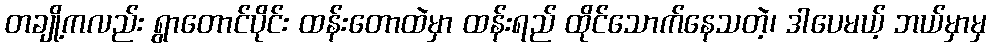
တချို့ကလည်း ရွာတောင်ပိုင်း ထန်းတောထဲမှာ ထန်းရည် ထိုင်သောက်နေသတဲ့၊ ဒါပေမယ့် ဘယ်မှာမှ